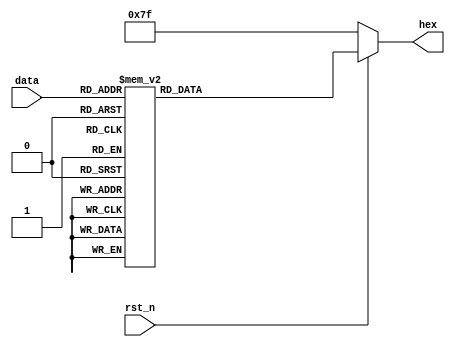
`timescale 1ns / 1ps
//////////////////////////////////////////////////////////////////////////////////
// Company: 
// Engineer: 
// 
// Design Name: 
// Module Name: seg
// Project Name: 
// Target Devices: 
// Tool Versions: 
// Description: 
// 
// Dependencies: 
// 
// Revision:
// Revision 0.01 - File Created
// Additional Comments:
// 
//////////////////////////////////////////////////////////////////////////////////


module seg (rst_n, data, hex);

	input rst_n;
	input [3:0] data;
	
	output reg [6:0] hex;
	
	always @ (*)
		begin
			if (!rst_n)
				hex = 7'b111_1111;			// null
			else
				begin
					case (data)
					0	:	hex = 7'b011_1111;		// digit 0
                    1    :    hex = 7'b000_0110;        // digit 1
                    2    :    hex = 7'b101_1011;        // digit 2
                    3    :    hex = 7'b100_1111;        // digit 3
                    4    :    hex = 7'b110_0110;        // digit 4
                    5    :    hex = 7'b110_1101;        // digit 5
                    6    :    hex = 7'b111_1101;        // digit 6
                    7    :    hex = 7'b000_0111;        // digit 7
                    8    :    hex = 7'b111_1111;        // digit 8
                    9    :    hex = 7'b110_1111;        // digit 9
					10	:	hex = 7'b000_1000;		// digit A
					11	:	hex = 7'b000_0011;		// digit B - b
					12	:	hex = 7'b100_0110;		// digit C
					13	:	hex = 7'b010_0001;		// digit D - d
					14	:	hex = 7'b000_0110;		// digit E
					15	:	hex = 7'b000_1110;		// digit F
					default	:	hex = 7'b111_1111;			// null
					endcase
				end
		end

endmodule